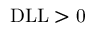
\mathrm { D L L > 0 }